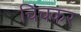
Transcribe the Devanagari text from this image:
चिंचकर